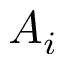
A _ { i }